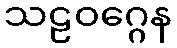
သဠဝဂ္ဂေန